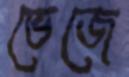
ভেজে